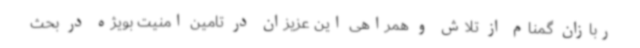
ربازان گمنام از تلاش و همراهی این عزیزان در تامین امنیت بویژه در بحث